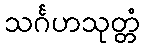
သင်္ဂဟသုတ္တံ